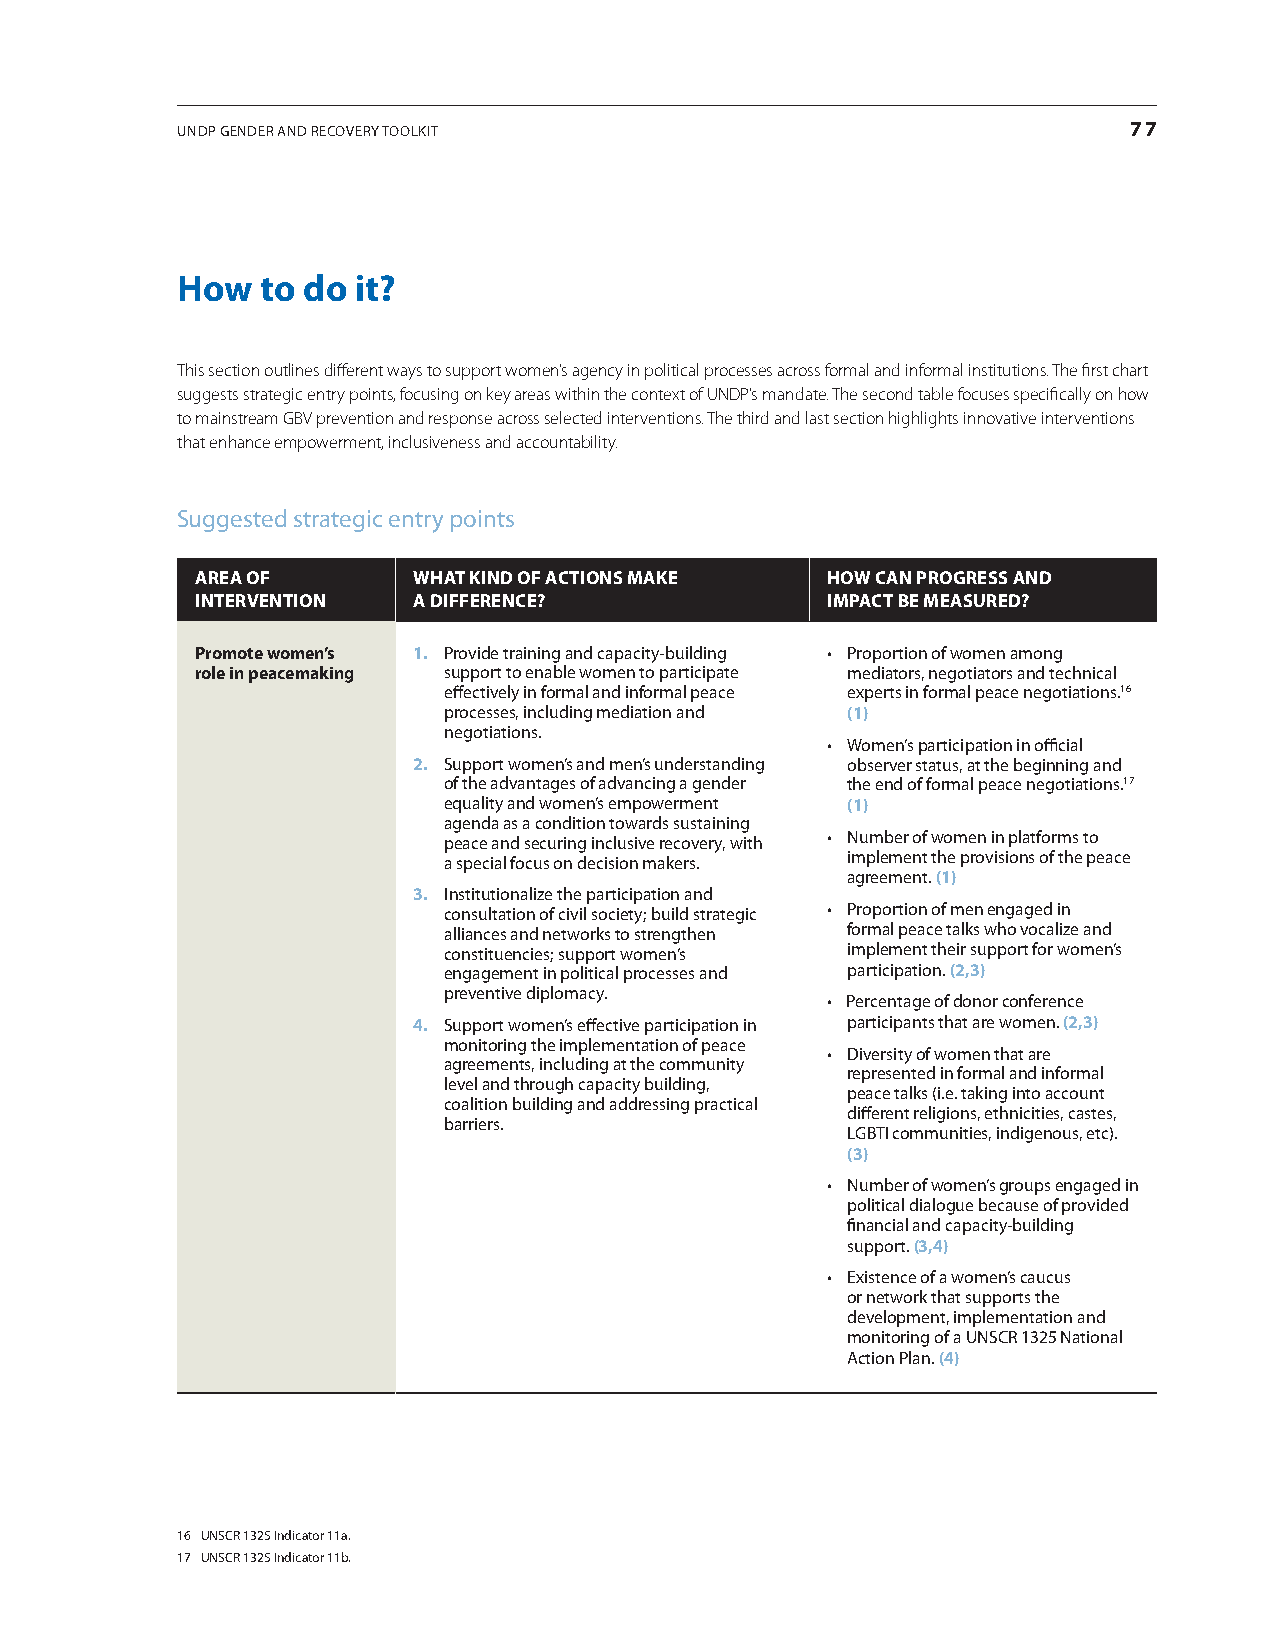
UNDP GENDEr aND rEcovEry toolkit                               77
 how  to do it?
 This section outlines different ways to support women’s agency in political processes across formal and informal institutions. The first chart
 suggests strategic entry points, focusing on key areas within the context of UNDP’s mandate. The second table focuses specifically on how
 to mainstream GBV prevention and response across selected interventions. The third and last section highlights innovative interventions
 that enhance empowerment, inclusiveness and accountability.
 Suggested strategic entry points
 ArEA of       WhAT kInd of AcTIons mAkE   hoW cAn progrEss And
 InTErvEnTIon  A dIffErEncE?               ImpAcT bE mEAsurEd?
 promote women’s 1. Provide training and capacity-building • Proportion of women among
 role in peacemaking support to enable women to participate mediators, negotiators and technical
 effectively in formal and informal peace experts in formal peace negotiations.16
 processes, including mediation and (1)
 negotiations.
 • Women’s participation in official
 2. Support women’s and men’s understanding observer status, at the beginning and
 of the advantages of advancing a gender the end of formal peace negotiations.17
 equality and women’s empowerment (1)
 agenda as a condition towards sustaining
 peace and securing inclusive recovery, with • Number of women in platforms to
 a special focus on decision makers. implement the provisions of the peace
 agreement. (1)
 3. institutionalize the participation and
 consultation of civil society; build strategic • Proportion of men engaged in
 alliances and networks to strengthen formal peace talks who vocalize and
 constituencies; support women’s implement their support for women’s
 engagement in political processes and participation. (2,3)
 preventive diplomacy.
 • Percentage of donor conference
 4. Support women’s effective participation in participants that are women. (2,3)
 monitoring the implementation of peace
 • Diversity of women that are
 agreements, including at the community
 represented in formal and informal
 level and through capacity building,
 peace talks (i.e. taking into account
 coalition building and addressing practical
 different religions, ethnicities, castes,
 barriers.
 lGBti communities, indigenous, etc).
 (3)
 • Number of women’s groups engaged in
 political dialogue because of provided
 financial and capacity-building
 support. (3,4)
 • Existence of a women’s caucus
 or network that supports the
 development, implementation and
 monitoring of a UNScr 1325 National
 action Plan. (4)
 16 UNScr 1325 indicator 11a.
 17 UNScr 1325 indicator 11b.